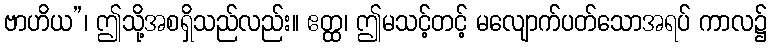
ဗာဟိယ”၊ ဤသို့အစရှိသည်လည်း။ ဧတ္ထ၊ ဤမသင့်တင့် မလျောက်ပတ်သောအရပ် ကာလ၌